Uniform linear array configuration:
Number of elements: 48
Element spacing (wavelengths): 0.75
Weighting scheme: binomial
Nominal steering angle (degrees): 60
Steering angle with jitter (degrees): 59.94
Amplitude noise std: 0.05
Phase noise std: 0.05

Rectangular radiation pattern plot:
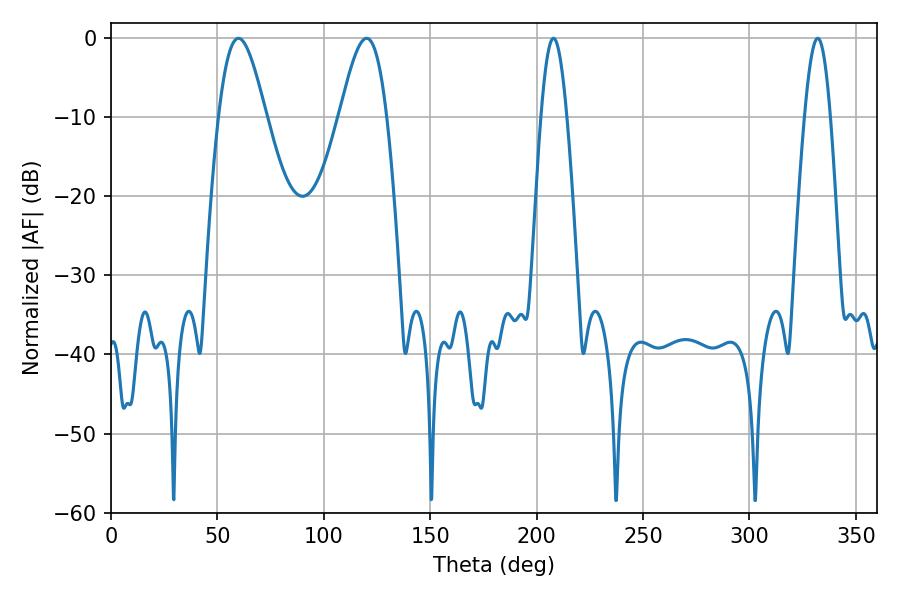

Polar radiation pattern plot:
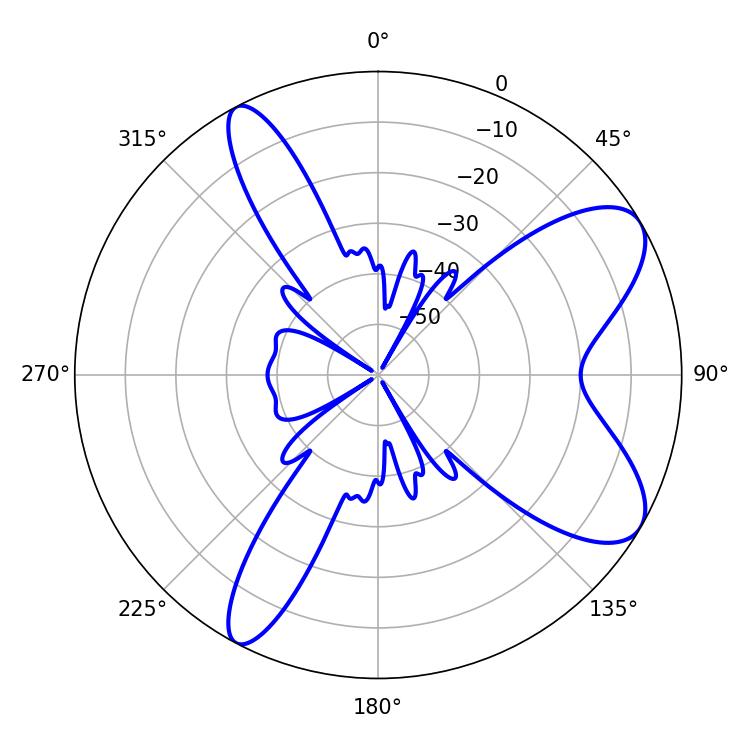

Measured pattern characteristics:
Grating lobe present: TRUE
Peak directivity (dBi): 8.432
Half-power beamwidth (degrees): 6.66
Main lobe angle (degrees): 207.9